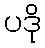
ပဒို